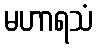
မဟာရသံ